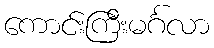
ကောင်းကြီးမင်္ဂလာ